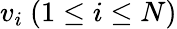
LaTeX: v_{i}~(1\leq i\leq N)